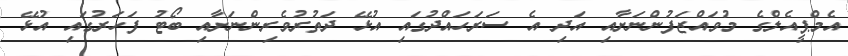
އެމްޕީއެލްގެ މުވައްޒަފުންނަށާއި އަދި އެ ސަރަހައްދުގައި އުޅޭ ދަތުރުވެރިންނަށާއި ބޯޓު ފަހަރުގައި އުޅޭ